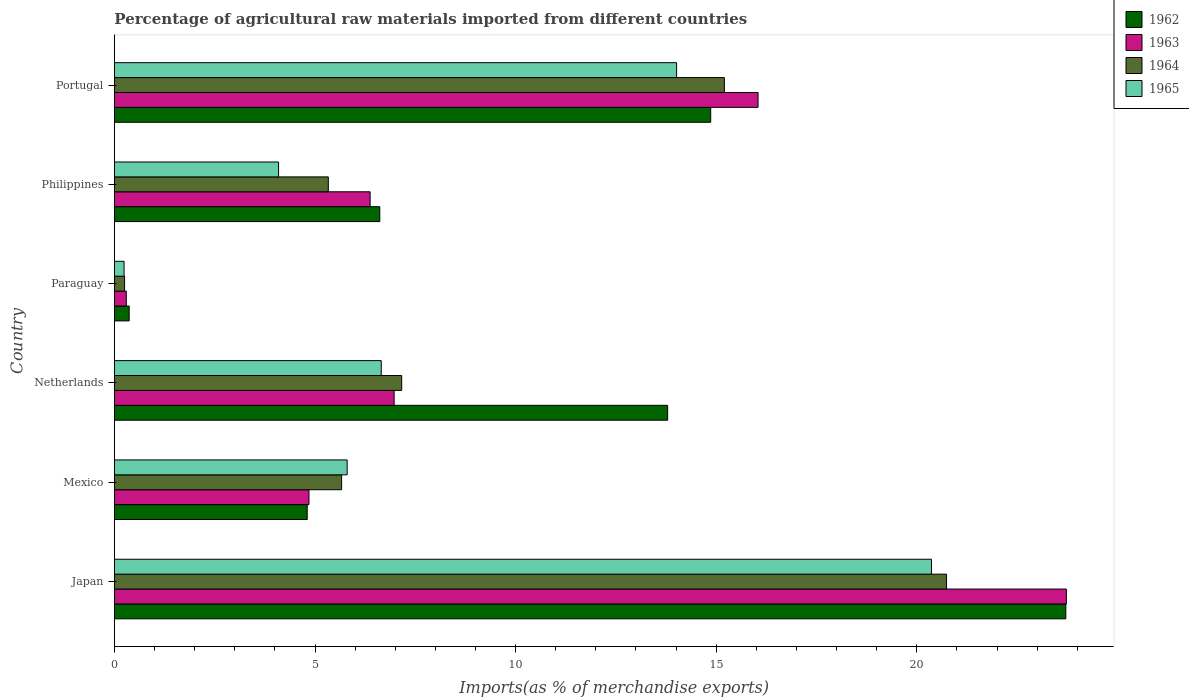
| Country | 1962 | 1963 | 1964 | 1965 |
 | --- | --- | --- | --- | --- |
 | Japan | 23.7 | 23.7 | 20.7 | 20.4 |
 | Mexico | 4.81 | 4.85 | 5.66 | 5.8 |
 | Netherlands | 13.8 | 6.97 | 7.16 | 6.65 |
 | Paraguay | 0.367 | 0.296 | 0.253 | 0.24 |
 | Philippines | 6.61 | 6.37 | 5.33 | 4.09 |
 | Portugal | 14.9 | 16 | 15.2 | 14 |